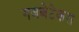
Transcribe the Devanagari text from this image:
गजबेटेकरा